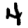
Digit: 4